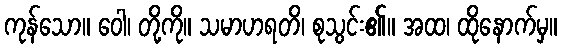
ကုန်သော။ ဝေါ၊ တို့ကို။ သမာဟရတိ၊ စုသွင်း၏။ အထ၊ ထိုနောက်မှ။